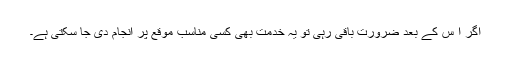
اگر ا س کے بعد ضرورت باقی رہی تو یہ خدمت بھی کسی مناسب موقع پر انجام دی جا سکتی ہے۔